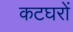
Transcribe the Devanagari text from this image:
कटघरों